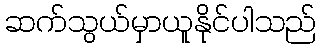
ဆက်သွယ်မှာယူနိုင်ပါသည်